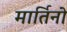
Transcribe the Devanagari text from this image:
मार्तिनो